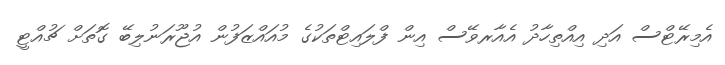
އެމިރޭޓްސް އަދި އިއްތިހާދު އެއާރވޭސް އިން ފްލައިޓްތަކުގެ މުއައްޒަފުން އުޖޫރަނުލިބޭ ގޮތަށް ޗުއްޓީ